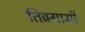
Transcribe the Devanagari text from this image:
तिव्रगामी